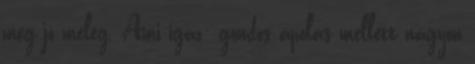
meg jó meleg. Ami igaz: gondos ápolás mellett nagyon